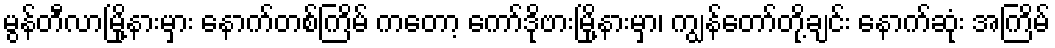
မွန်တီလာမြို့နားမှား နောက်တစ်ကြိမ် ကတော့ ကော်ဒိုဗားမြို့နားမှာ၊ ကျွန်တော်တို့ချင်း နောက်ဆုံး အကြိမ်